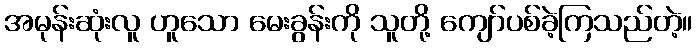
အမုန်းဆုံးလူ ဟူသော မေးခွန်းကို သူတို့ ကျော်ပစ်ခဲ့ကြသည်တဲ့။